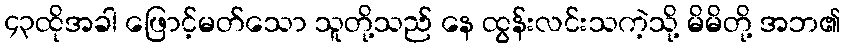
၄၃ထိုအခါ ဖြောင့်မတ်သော သူတို့သည် နေ ထွန်းလင်းသကဲ့သို့ မိမိတို့ အဘ၏